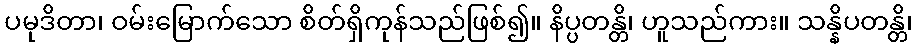
ပမုဒိတာ၊ ဝမ်းမြောက်သော စိတ်ရှိကုန်သည်ဖြစ်၍။ နိပ္ပတန္တိ၊ ဟူသည်ကား။ သန္နိပတန္တိ၊